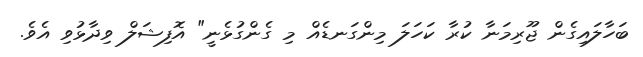
ބަހާލައިގެން ޖޫރިމަނާ ކުރާ ކަހަލަ މިންގަނޑެއް މި ގެންގުޅެނީ" އޮފިޝަލް ވިދާޅުވި އެވެ.